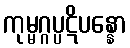
ကုမ္မဂ္ဂပ္ပဋိပန္နော